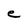
Character: e